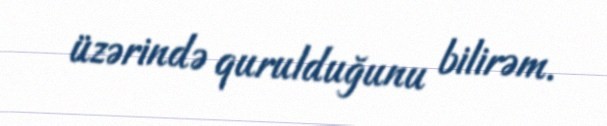
üzərində qurulduğunu bilirəm.